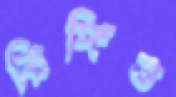
রিঙ্গিত